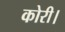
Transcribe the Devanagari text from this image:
कोरी।